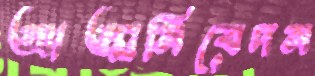
আত্মনিবেদন